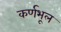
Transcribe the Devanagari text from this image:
कर्णभूल